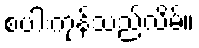
စပါးကုန်သည်လိမ်။